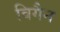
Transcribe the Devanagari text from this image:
विगैन